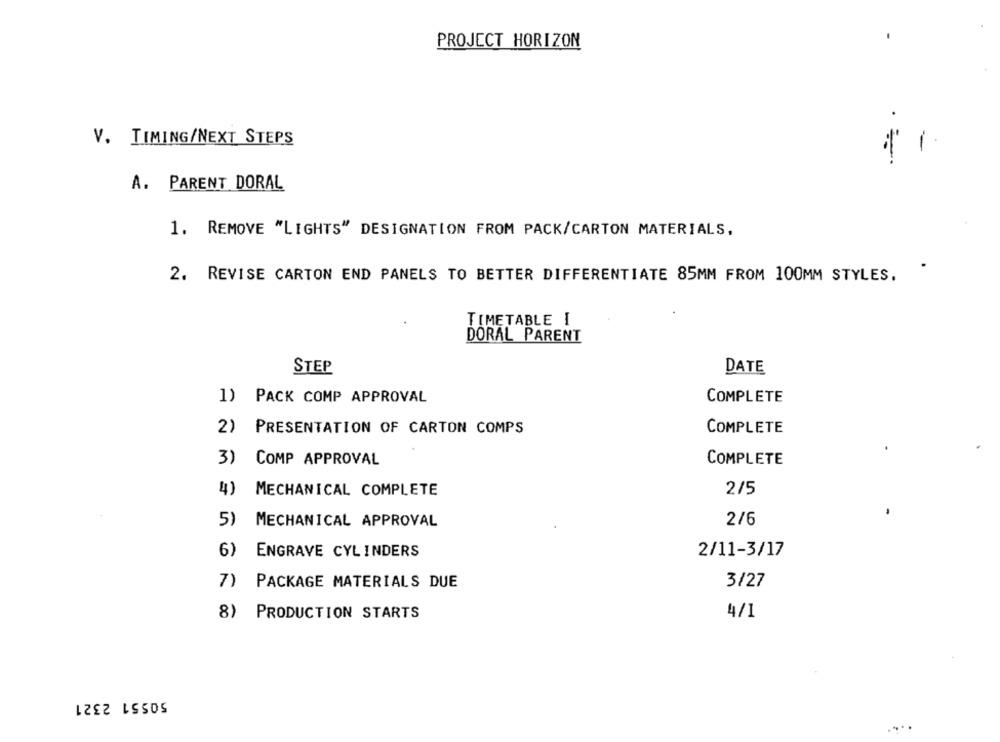
PROJECT HORIZON
V. TIMING/NEXT STEPS
A. PARENT DORAL
1. REMOVE "LIGHTS" DESIGNATION FROM PACK/CARTON MATERIALS,
.
2. REVISE CARTON END PANELS TO BETTER DIFFERENTIATE 85MM FROM 100MM STYLES.
TIMETABLE I
DORAL PARENT
STEP
DATE
1) PACK COMP APPROVAL
COMPLETE
2) PRESENTATION OF CARTON COMPS
COMPLETE
COMPLETE
3) COMP APPROVAL
4)
2/5
MECHANICAL COMPLETE
5) MECHANICAL APPROVAL
2/6
6)
ENGRAVE CYLINDERS
2/11-3/17
7) PACKAGE MATERIALS DUE
3/27
8) PRODUCTION STARTS
4/1
50551 2321